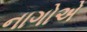
નાગોએ